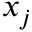
x _ { j }